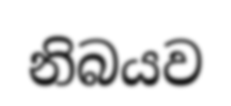
නිබයව